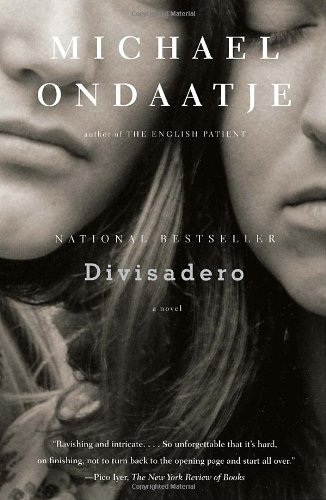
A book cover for Divisadero; Michael Ondaatje; Literature & Fiction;